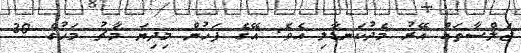
ޖަލްސާތައް އޭރު މެދުކަނޑާލި އެވެ. އޭގެ ފަހުން މިދިޔަ މާޗު މަހުގެ 30